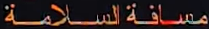
مسافةالسلامة